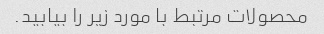
محصولات مرتبط با مورد زیر را بیابید.